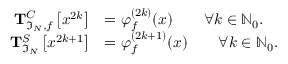
\begin{array} { r l } { \mathbf { T } _ { \mathfrak { I } _ { N } , f } ^ { C } \left[ x ^ { 2 k } \right] } & { = \varphi _ { f } ^ { ( 2 k ) } ( x ) \qquad \forall k \in \mathbb { N } _ { 0 } . } \\ { \mathbf { T } _ { \mathfrak { I } _ { N } } ^ { S } \left[ x ^ { 2 k + 1 } \right] } & { = \varphi _ { f } ^ { ( 2 k + 1 ) } ( x ) \qquad \forall k \in \mathbb { N } _ { 0 } . } \end{array}